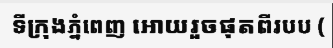
ទីក្រុងភ្នំពេញ អោយរួចផុតពីរបប (